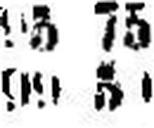
99 51